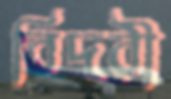
বিদরী